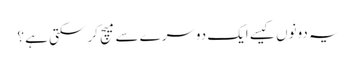
یہ دونوں کیسے ایک دوسرے سے میچ کر سکتی ہے ؟